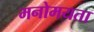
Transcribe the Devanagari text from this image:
मनोमयता